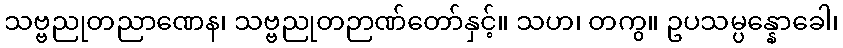
သဗ္ဗညုတညာဏေန၊ သဗ္ဗညုတဉာဏ်တော်နှင့်။ သဟ၊ တကွ။ ဥပသမ္ပန္နောခေါ၊